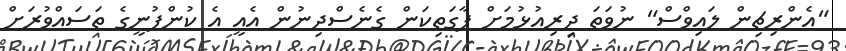
"އެންރިޗިން ލައިވްސް" ނުވަތަ ދިރިއުޅުމަށް ފާގަތިކަން ގެނެސްދިނުން އެއީ އެ ކުންފުނީގެ ތަސައްވުރަށް